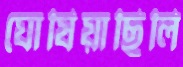
ঘোষিয়াছিলি